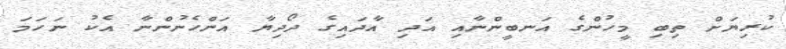
ކުރިޔަށް ތިބި މީހުންގެ އަނބީންނާއި އަދި އާދައިގެ ދޯދިޔާ އަންހެނުންނާ އެކު ނަހަމަ